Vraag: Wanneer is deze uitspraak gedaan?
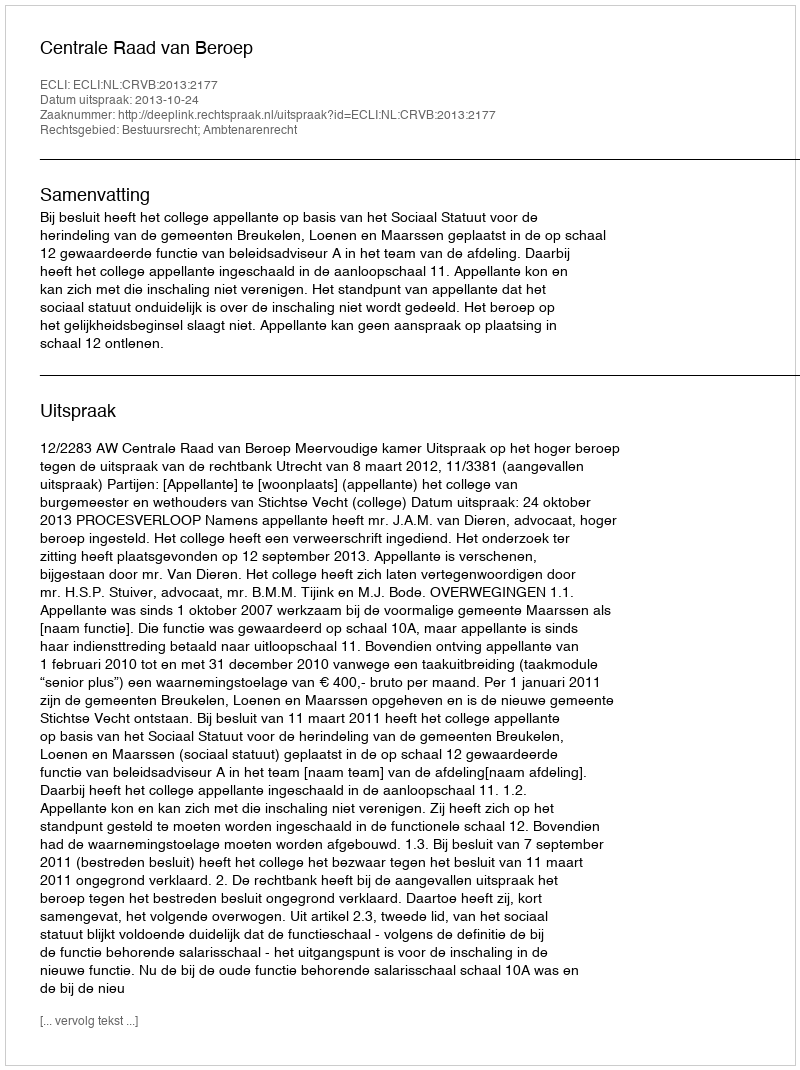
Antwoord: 2013-10-24